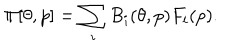
LaTeX: \Pi [ \theta , p ] = \sum _ { i } B _ { i } ( \theta , p ) F _ { i } ( p ) .